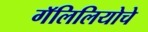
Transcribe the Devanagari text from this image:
गॅलिलियोचे